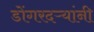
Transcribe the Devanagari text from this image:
डोंगरदऱ्यांनी